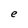
Character: e